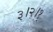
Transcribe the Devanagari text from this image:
३।२।१